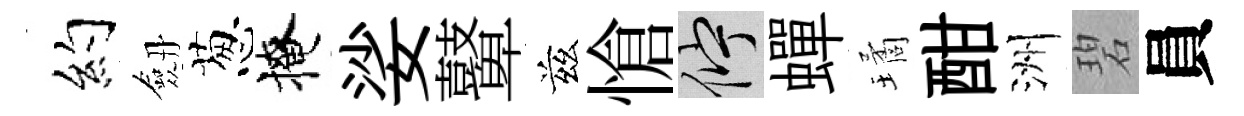
约劔葱掩娑鼙兹愴伫蟬璚酣洲碧員